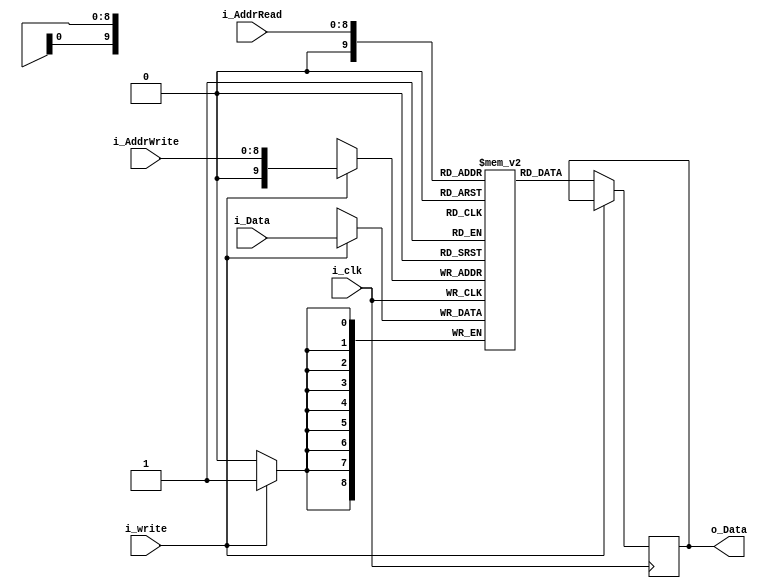
`timescale 1ns / 1ps
//////////////////////////////////////////////////////////////////////////////////
// Company: 
// Engineer: 
// 
// Design Name: 
// Module Name:    SRAM 
// Project Name: 
// Target Devices: 
// Tool versions: 
// Description: 
//
// Dependencies: Static Random Accesess Memory
//		This is template for a Block RAM
//
// Revision: 
// Revision 0.01 - File Created
// Additional Comments: 
//
//////////////////////////////////////////////////////////////////////////////////
module SRAM #(parameter ADDR_WIDTH = 9, DATA_WIDTH = 9, DEPTH = 512)(
	 input wire i_clk,
	 input wire [ADDR_WIDTH - 1:0] i_AddrWrite,
	 input wire [ADDR_WIDTH - 1:0] i_AddrRead,
	 input wire i_write,
	 input wire [DATA_WIDTH - 1:0] i_Data,
	 output reg [DATA_WIDTH - 1:0] o_Data
    );

	reg [DATA_WIDTH - 1:0] RAM[0:DEPTH];
	
	always @(posedge i_clk)
		begin
			if (i_write)
				RAM[i_AddrWrite] <= i_Data;
			else
				o_Data <= RAM[i_AddrRead];
		end


endmodule